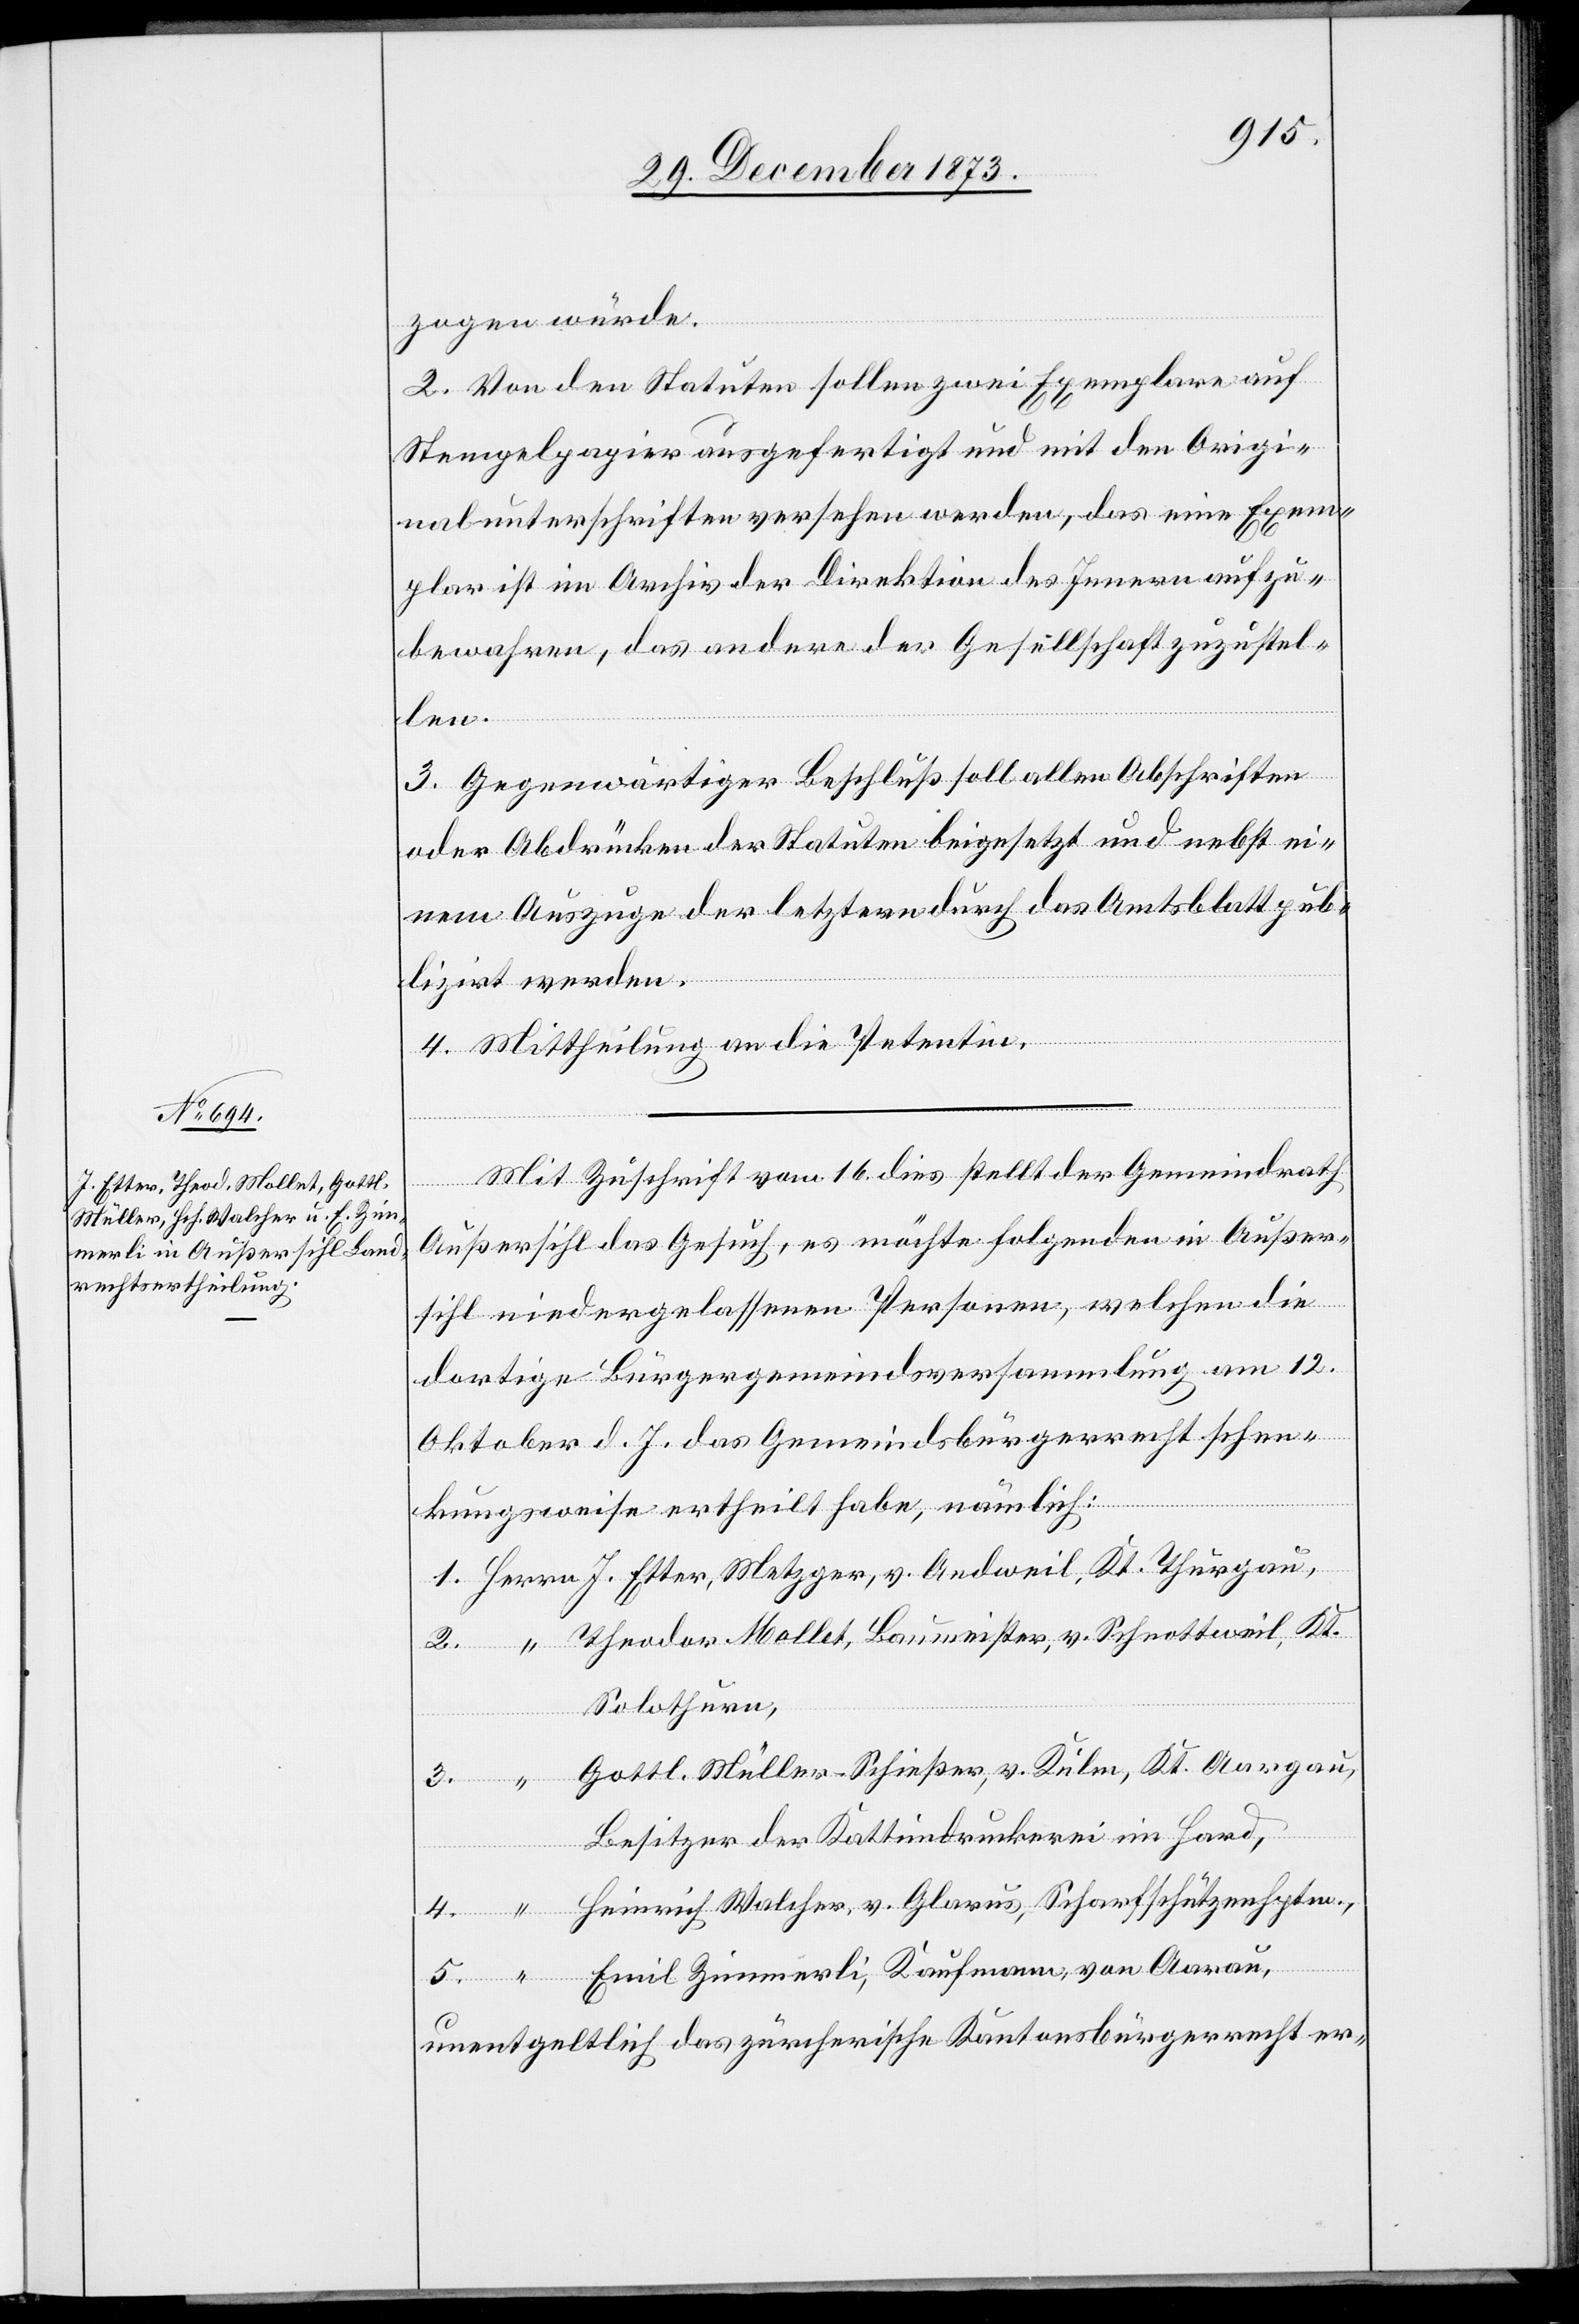
zogen würde.
“
2. Von den Statuten sollen zwei Exemplare auf
Stempelpapier ausgefertigt und mit den Origi¬
nalunterschriften versehen werden, das eine Exem¬
plar ist im Archiv der Direktion des Innern aufzu¬
bewahren, das andere der Gesellschaft zuzustel¬
len.
3. Gegenwärtiger Beschluß soll allen Abschriften
oder Abdrücken der Statuten beigesetzt und nebst ei¬
nem Auszuge der letztern durch das Amtsblatt pub¬
lizirt werden.
4. Mittheilung an die Petentin.
Mit Zuschrift vom 16. dies stellt der Gemeindrath
Außersihl das Gesuch, es möchte folgenden in Außer¬
sihl niedergelassenen Personen, welchen die
dortige Bürgergemeindsversammlung am 12.
Oktober d. J. das Gemeindsbürgerrecht schen¬
Aarau,
kungsweise ertheilt habe, nämlich:
Theodor Mollet, Baumeister, v. Schnottweil, Kt.
Solothurn,
Gottl. Müller-Schießer, v. Kulm, Kt. Aargau,
Besitzer der Kattundruckerei im Hard,
Heinrich Walcher, v. Glarus, Scharfschützenhptm.,
unentgeltlich das zürcherische Kantonsbürgerrecht er-